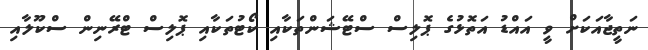
ނަތީޖާއަކަށް ވީ އައްޑު އަތޮޅުގެ ޕޮލިސް ސްޓޭޝަންތަކާއި ކޯޓުތަކާއި ޕޮލިސް ޓްރޭނިން ސްކޫލާއި